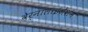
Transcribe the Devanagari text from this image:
वेर्नालाइजेशन